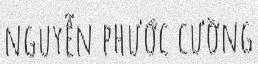
nguyễn phước cường